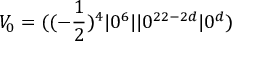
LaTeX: V _ { 0 } = ( ( - { \frac { 1 } { 2 } } ) ^ { 4 } \vert 0 ^ { 6 } \vert \vert 0 ^ { 2 2 - 2 d } \vert 0 ^ { d } )